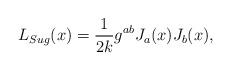
LaTeX: \begin{align*}L_{Sug}(x) = \frac{1}{2k} g^{ab}J_a(x)J_b(x),\end{align*}